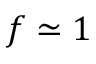
f \simeq 1